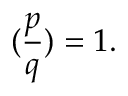
( { \frac { p } { q } } ) = 1 .